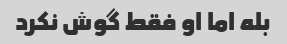
بله اما او فقط گوش نکرد